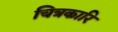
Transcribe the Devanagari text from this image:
चित्रकारि